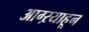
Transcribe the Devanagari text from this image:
आग्ऱयाहून